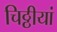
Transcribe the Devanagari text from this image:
चिठ्ठीयां